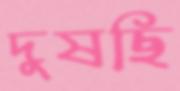
দুষছি